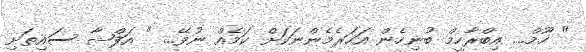
" ހޫމް... އިބްރާހީމް ބުނިހެން އަހަރެމެންނަކަށް ކަމެއް ނުވޭ... " އަފްޝާ ސައިތަށި